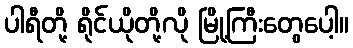
ပါရီတို့ ရိုင်ယိုတို့လို မြို့ကြီးတွေပေါ့။